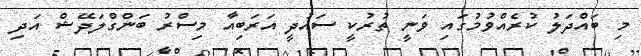
މި ބައްދަލު ކުރެއްވުމުގައި ވަނީ ތުރުކީ ސައުދީ އަރަބިއާ މިސްރު ބަންގްލަދޭޝް އަދި